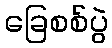
ခြေစစ်ပွဲ